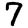
Digit: 7